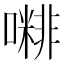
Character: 𡁭